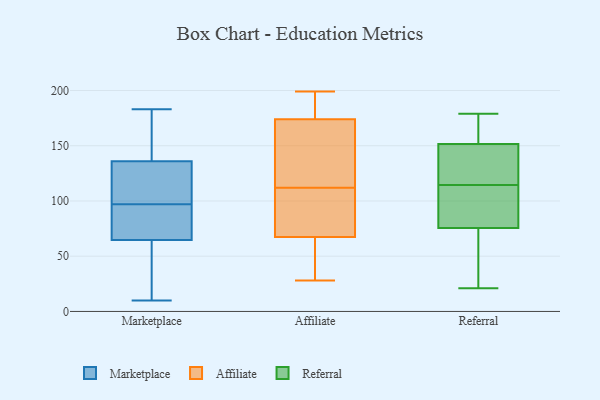
{"axis": {"x": "Tickets Resolved", "y": "Value"}, "legend": ["Affiliate", "Marketplace", "Referral"], "data": [{"x": "", "y": 77, "type": "Marketplace"}, {"x": "", "y": 147, "type": "Marketplace"}, {"x": "", "y": 96, "type": "Marketplace"}, {"x": "", "y": 157, "type": "Marketplace"}, {"x": "", "y": 63, "type": "Marketplace"}, {"x": "", "y": 70, "type": "Marketplace"}, {"x": "", "y": 124, "type": "Marketplace"}, {"x": "", "y": 118, "type": "Marketplace"}, {"x": "", "y": 140, "type": "Marketplace"}, {"x": "", "y": 97, "type": "Marketplace"}, {"x": "", "y": 100, "type": "Marketplace"}, {"x": "", "y": 20, "type": "Marketplace"}, {"x": "", "y": 10, "type": "Marketplace"}, {"x": "", "y": 183, "type": "Marketplace"}, {"x": "", "y": 56, "type": "Marketplace"}, {"x": "", "y": 43, "type": "Affiliate"}, {"x": "", "y": 199, "type": "Affiliate"}, {"x": "", "y": 28, "type": "Affiliate"}, {"x": "", "y": 175, "type": "Affiliate"}, {"x": "", "y": 110, "type": "Affiliate"}, {"x": "", "y": 48, "type": "Affiliate"}, {"x": "", "y": 113, "type": "Affiliate"}, {"x": "", "y": 173, "type": "Affiliate"}, {"x": "", "y": 194, "type": "Affiliate"}, {"x": "", "y": 30, "type": "Affiliate"}, {"x": "", "y": 87, "type": "Affiliate"}, {"x": "", "y": 111, "type": "Affiliate"}, {"x": "", "y": 105, "type": "Affiliate"}, {"x": "", "y": 158, "type": "Affiliate"}, {"x": "", "y": 189, "type": "Affiliate"}, {"x": "", "y": 124, "type": "Affiliate"}, {"x": "", "y": 104, "type": "Affiliate"}, {"x": "", "y": 115, "type": "Affiliate"}, {"x": "", "y": 47, "type": "Affiliate"}, {"x": "", "y": 192, "type": "Affiliate"}, {"x": "", "y": 170, "type": "Referral"}, {"x": "", "y": 93, "type": "Referral"}, {"x": "", "y": 171, "type": "Referral"}, {"x": "", "y": 137, "type": "Referral"}, {"x": "", "y": 132, "type": "Referral"}, {"x": "", "y": 21, "type": "Referral"}, {"x": "", "y": 21, "type": "Referral"}, {"x": "", "y": 73, "type": "Referral"}, {"x": "", "y": 143, "type": "Referral"}, {"x": "", "y": 115, "type": "Referral"}, {"x": "", "y": 160, "type": "Referral"}, {"x": "", "y": 78, "type": "Referral"}, {"x": "", "y": 114, "type": "Referral"}, {"x": "", "y": 87, "type": "Referral"}, {"x": "", "y": 179, "type": "Referral"}, {"x": "", "y": 36, "type": "Referral"}]}